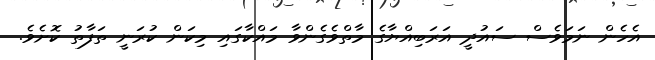
އެހެން ނަމަވެސް ސައުދީ އަރަބިއްޔާގެ މާތްވެގެންވާ މައްކާގައި މިކަން ކުރަނީ ތަފާތު ކޮށެވެ.